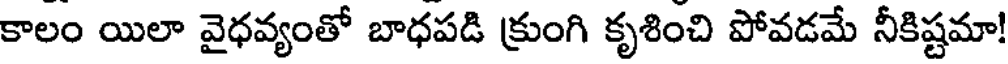
కాలం యిలా వైధవ్యంతో బాధపడి క్రుంగి కృశించి పోవడమే నీకిష్టమా!